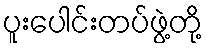
ပူးပေါင်းတပ်ဖွဲ့တို့